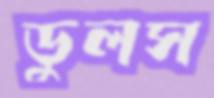
ডুলস